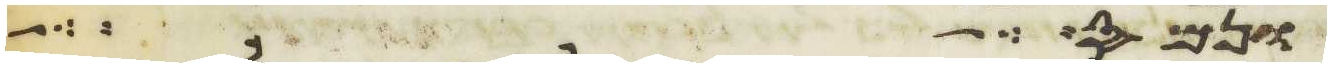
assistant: ונס אל